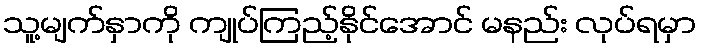
သူ့မျက်နှာကို ကျုပ်ကြည့်နိုင်အောင် မနည်း လုပ်ရမှာ